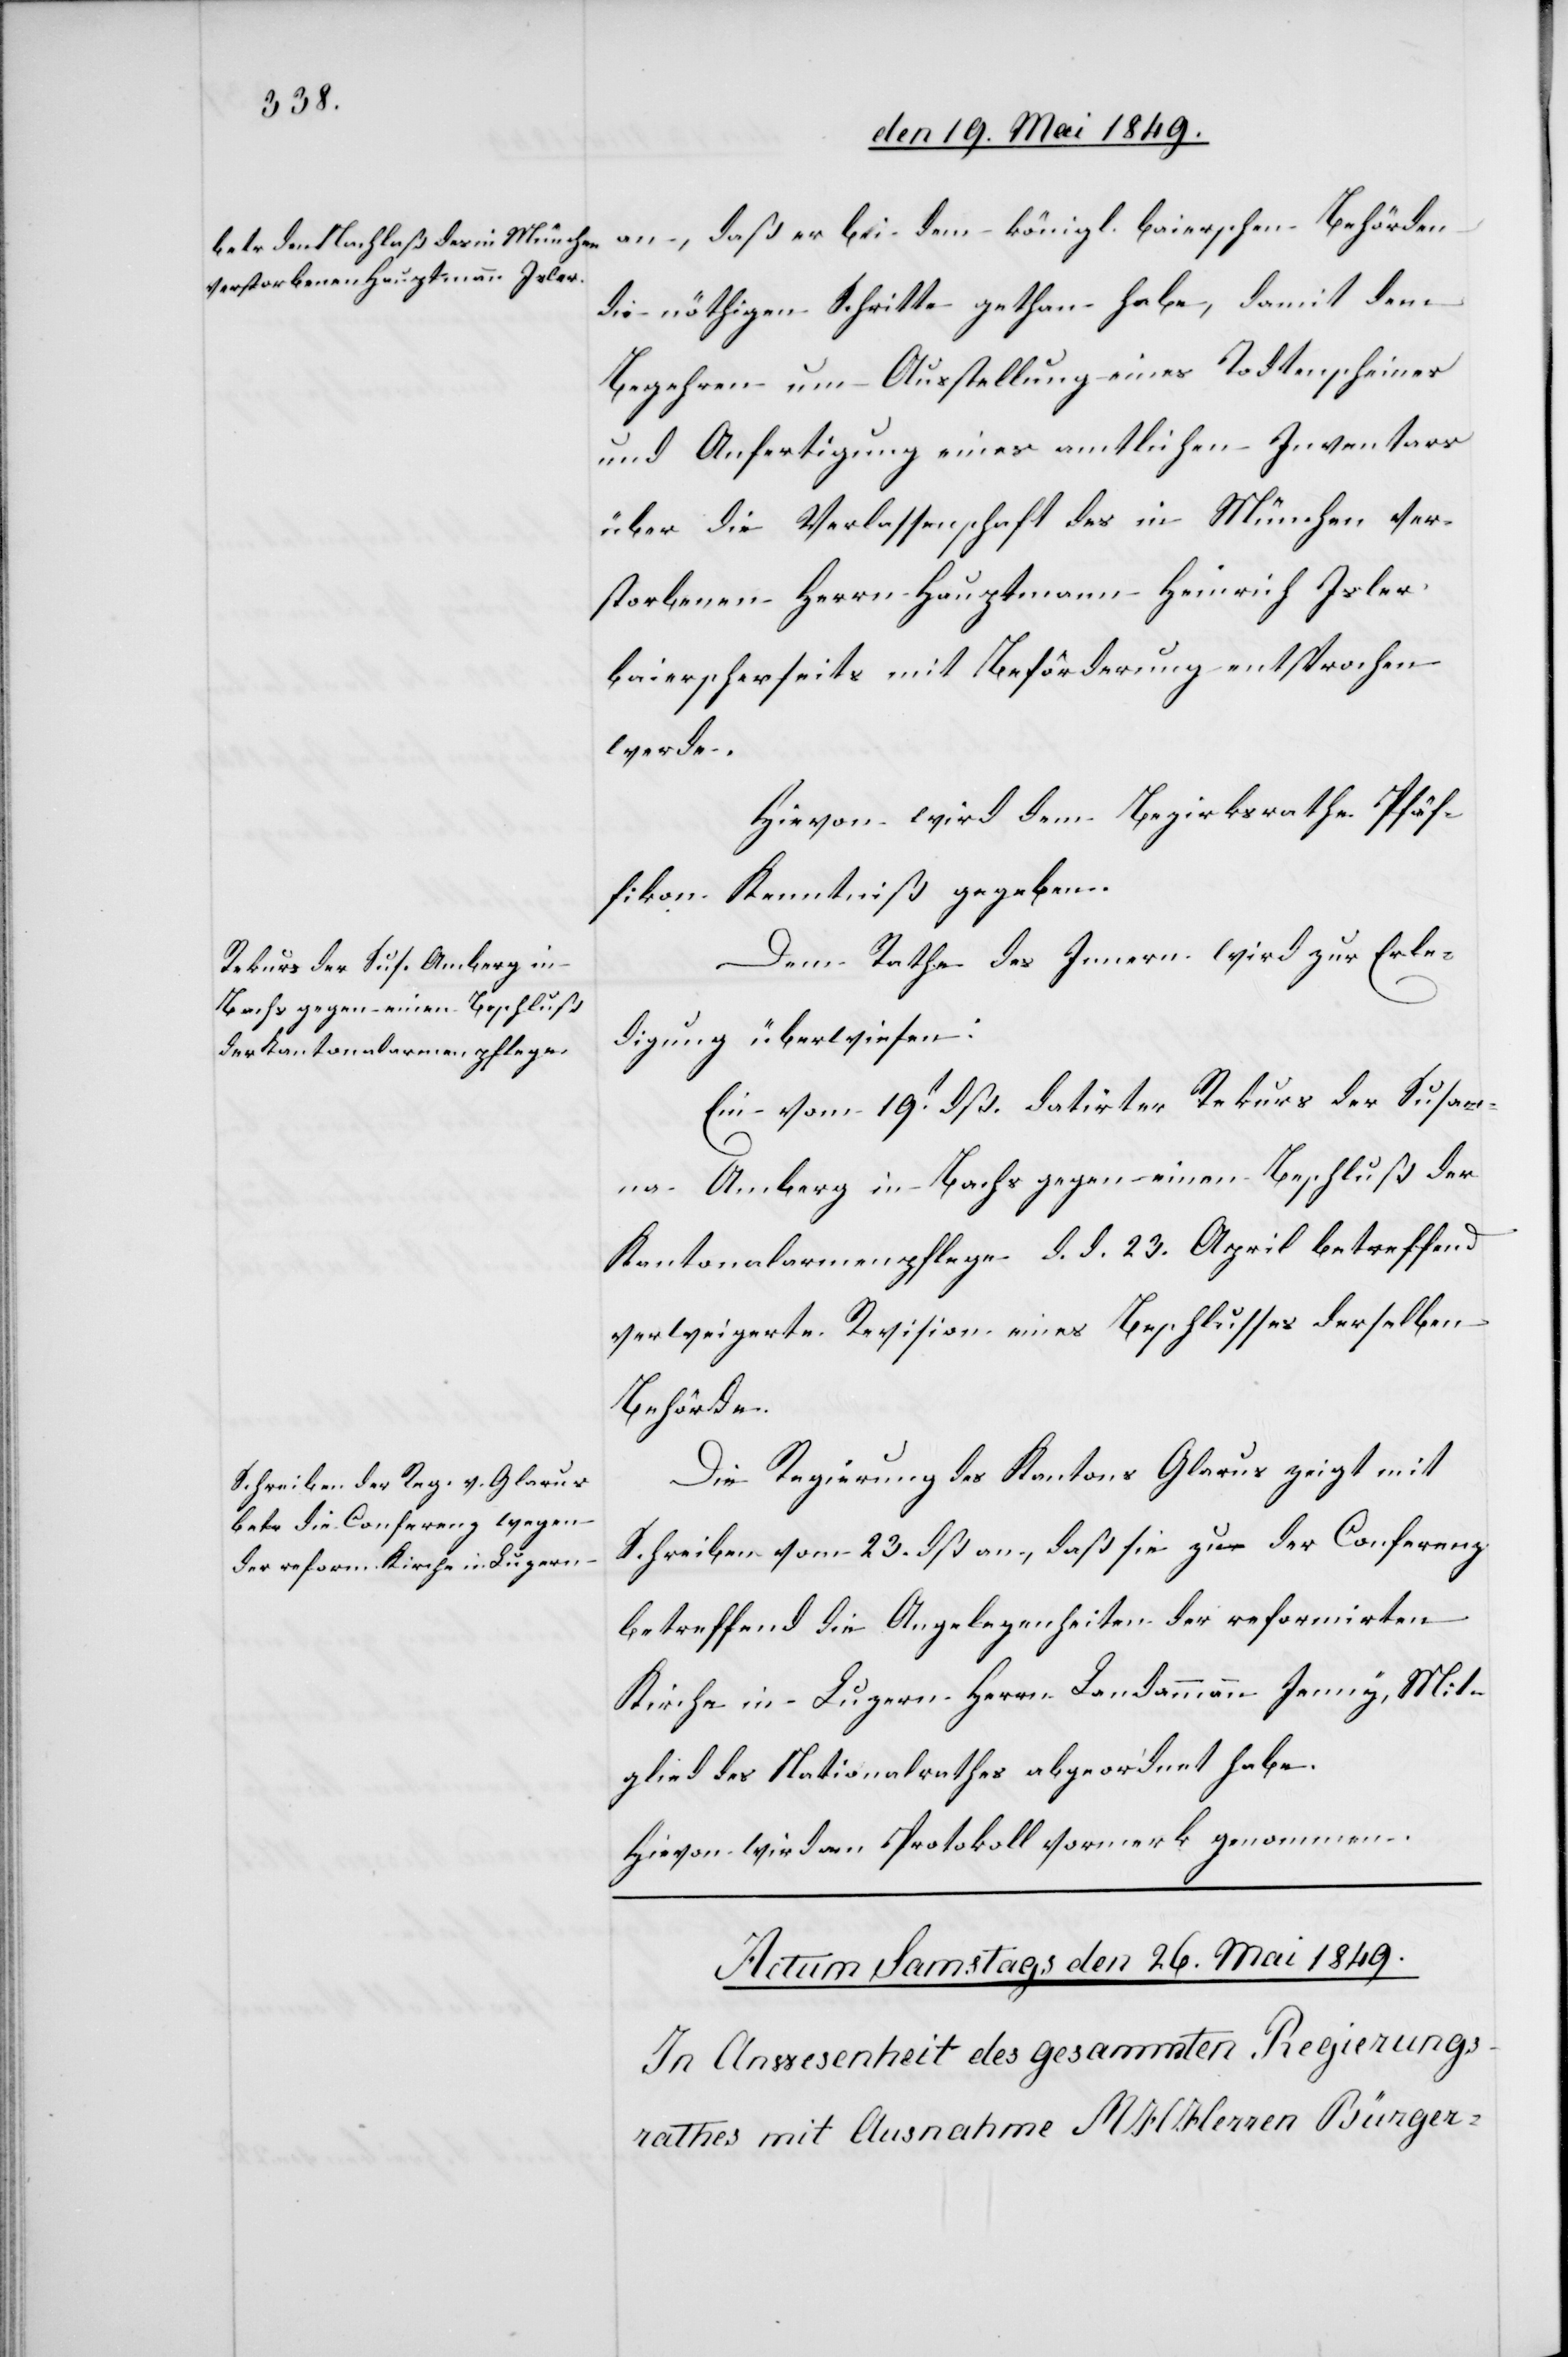
den 25. Mai 1849.]
an, daß er bei dem königl. baierschen Behörden
die nöthigen Schritte gethan habe, damit dem
Begehren um Ausstellung eines Todtenscheines
und Anfertigung eines amtlichen Inventars
über die Verlassenschaft des in München ver¬
storbenen Herrn Hauptmann Heinrich Isler
baierscherseits mit Beförderung entsprochen
werde.
Hievon wird dem Bezirksrathe Pfäf¬
fikon Kenntniß gegeben.
Dem Rathe des Innern wird zur Erle¬
digung überwiesen:
Ein vom 19t dß. datirten Rekurs der Susan¬
na Amberg in Bachs gegen einen Beschluß der
Kantonalarmenpflege d. d. 23. April betreffend
verweigerte Revision eines Beschlusses derselben
Behörde.
Die Regierung des Kantons Glarus zeigt mit
Schreiben vom 23. dß an, daß sie zu der Conferenz
betreffend die Angelegenheiten der reformirten
Kirche in Luzern Herrn Landammann Jenny, Mit¬
glied des Nationalrathes abgeordnet habe.
Hievon wird am Protokoll Vormerk genommen.